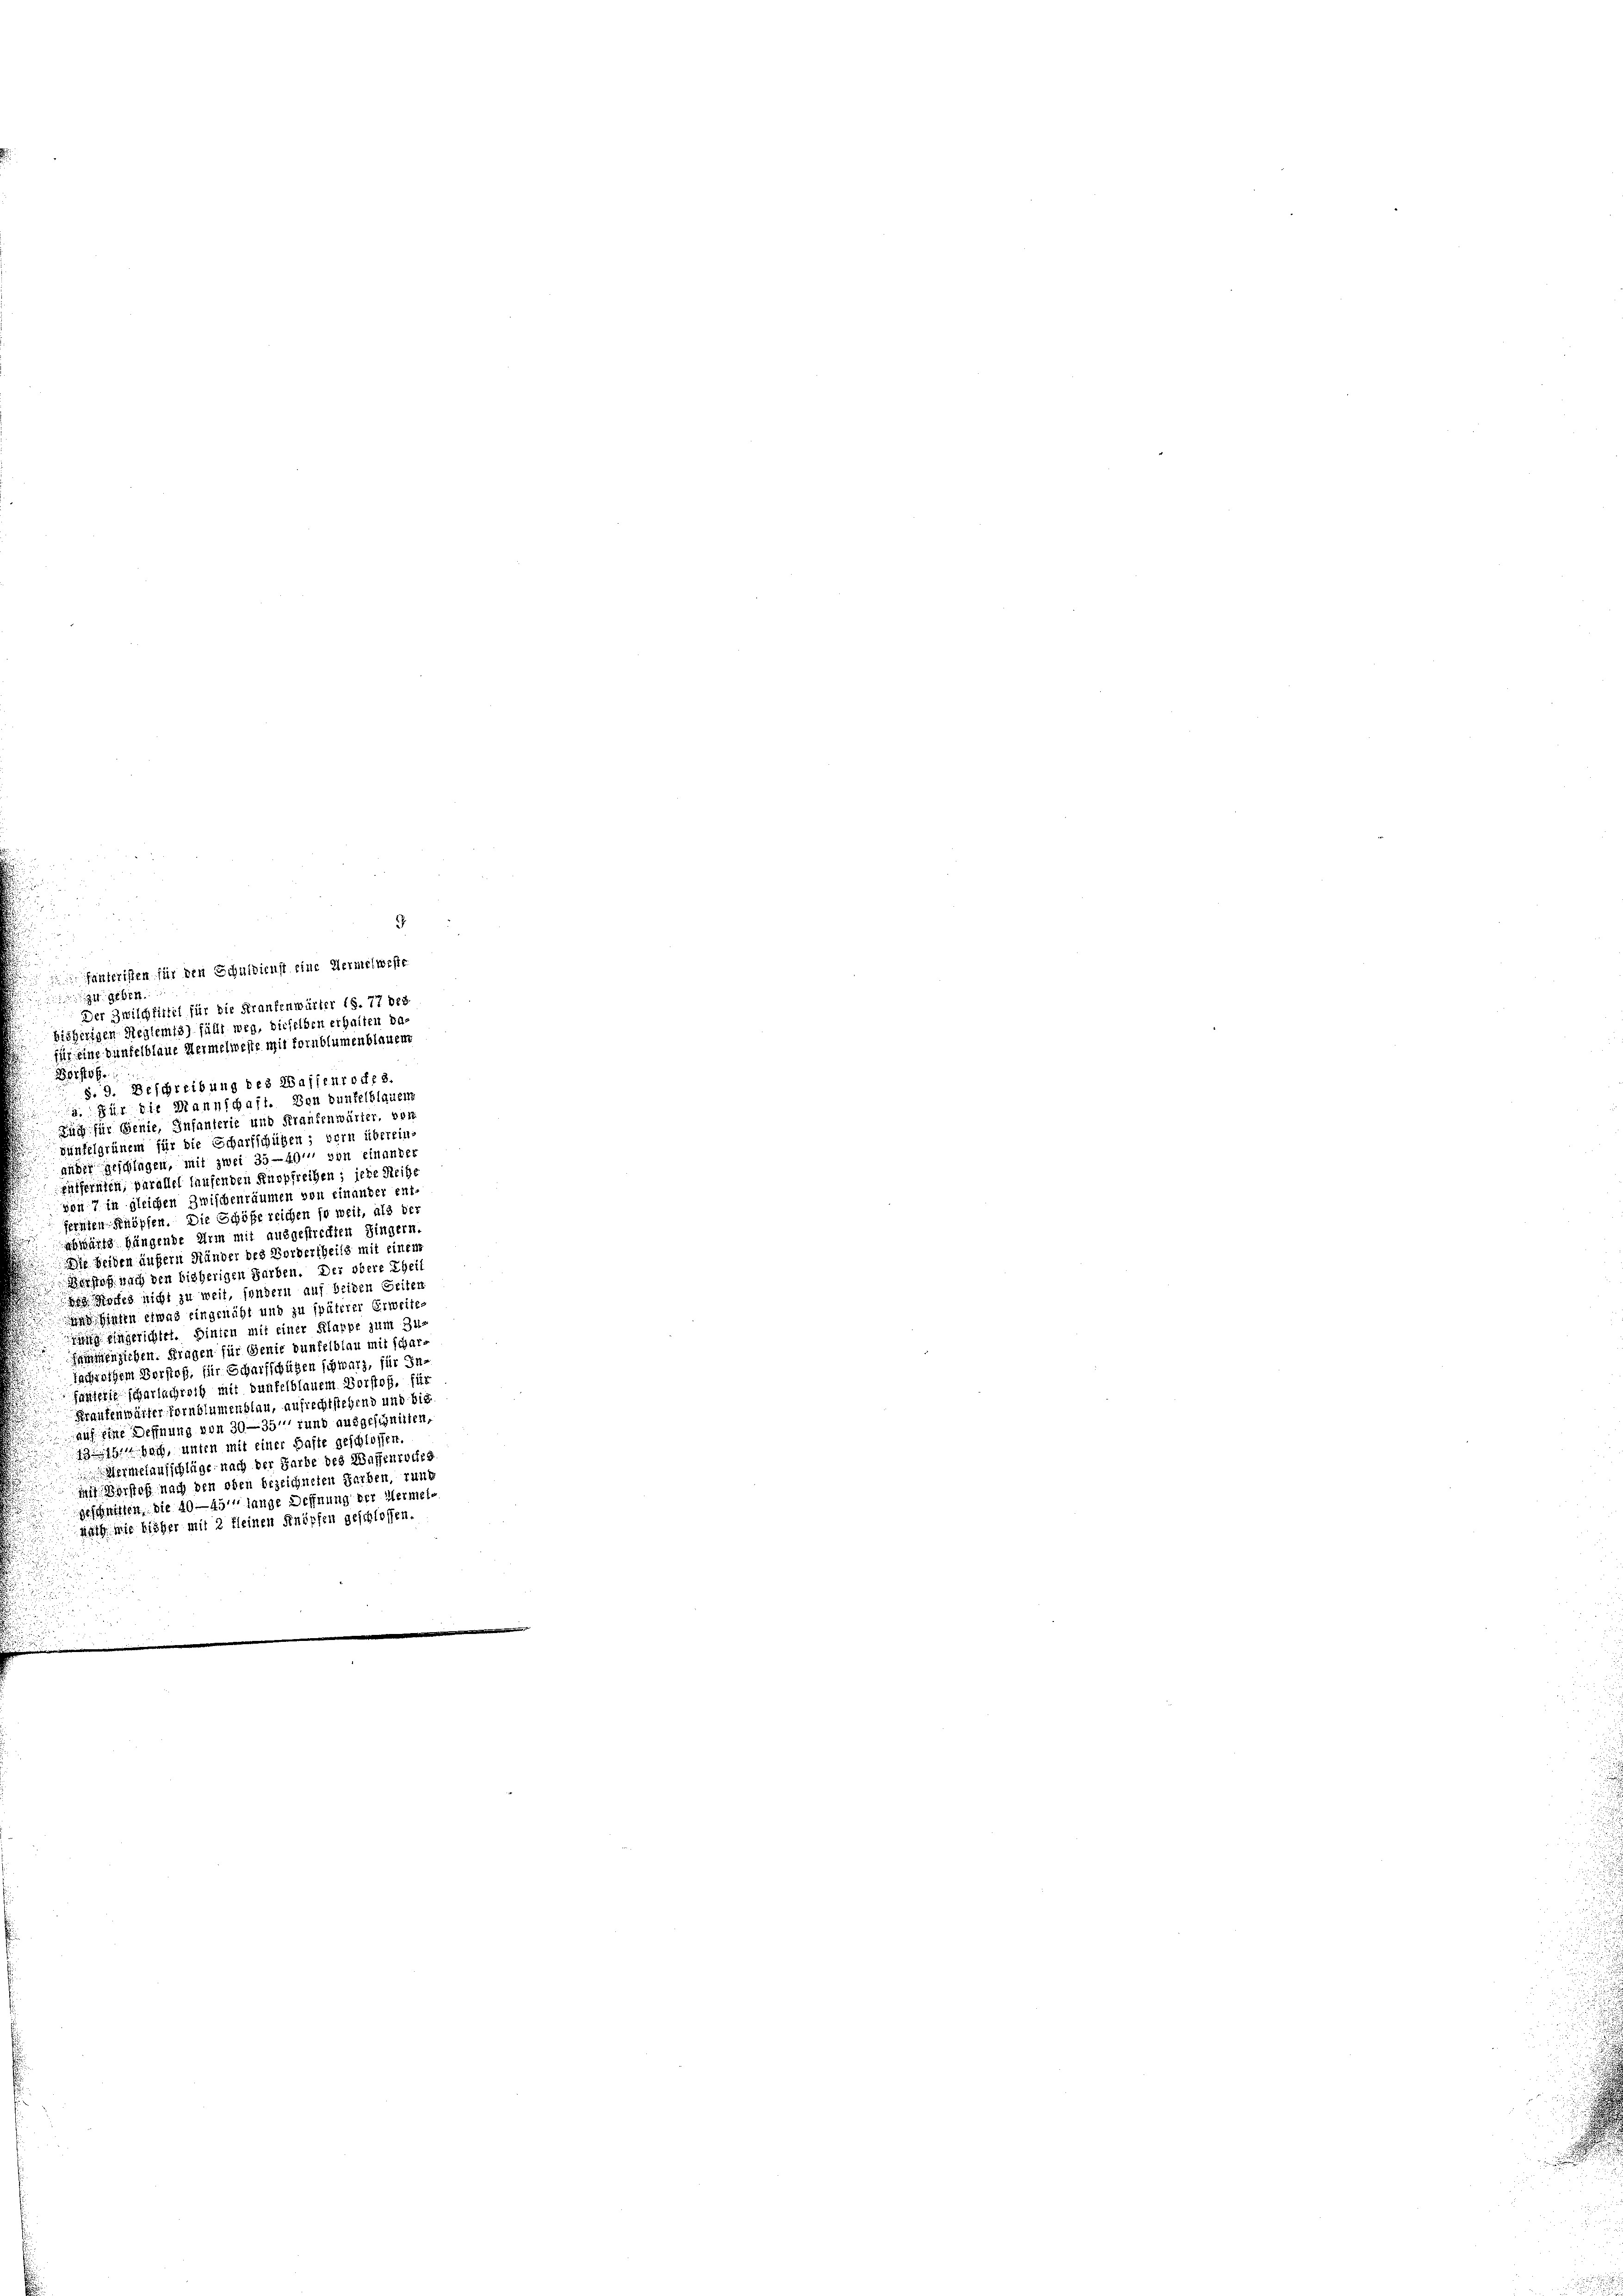
9
ze geben.
Der Zwilchfittel für die Krankenwärter (S. 77 des
bisherigen Reglemts) fällt weg, dieselben erhalten da-
für eine Genfelblaue Hermelweste mit fornblumenblauem
201106.
§. 9. Beschreibung des Waffenrothes.
a. Für die Mannschaft. Von dunkelblauen
Züch für Genie, Infanterie und Krankenwärter, von
günfelgrünem für die Scharfschüßen; vorn überein.
ander geschlagen, mit zwei 35—40' von einanter
euffereich, parallel laufenden Knopfreihen; jede Reihe
den 7 in gleichen Zwischenräumen von einander ent
fernten Knöpfen. Die Schöße reichen so weit, als der
abwärts hängende Arm mit ausgestrechten Hingern.
Die beiden äußern Händer des Vordertheils mit einen
Berhof nach den bisherigen Farben. Der obere Thei
e offes nicht zu weit, sondern auf beiden Seiten
 hinten etwas eingenäht und zu späterer Erweite.
ug eingerichtet. Hinten mit einer Klarbe zum zu
sammenziehen. Fragen für Genie dunkelblau mit schartchrothem Verstoß, für Scharfschützen schwarz, für Infanierte scharlachroth mit dunkelblauem Vorstoß, für
Krankenwärter fornblumenblau, aufrechtstehend und bis
auf eine Deffnung von 30—35 und ausgefinirten,
bach, unten mit einer Gaste geschlossen.
ermelaufschläge nach der Farbe des Waffenroches
mit Berstoff nach den oben bezeichneten Garben, runk
eschritten, die 40—451 lange Deffnung der Hermeis
nach wie bisher mit 2 kleinen Knöpfen geschlossen.

fanteristen für den Schuldienst eine Vermelweste